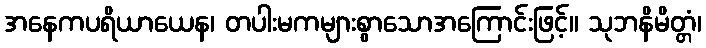
အနေကပရိယာယေန၊ တပါးမကများစွာသောအကြောင်းဖြင့်။ သုဘနိမိတ္တံ၊